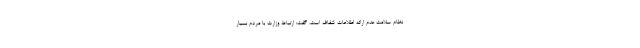
نظام سلامت عدم ارائه اطلاعات شفاف است، گفت: ارتباط وزارت با مردم بسیار